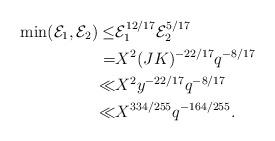
LaTeX: \begin{align*}\min(\mathcal{E}_1,\mathcal{E}_2)\leq& \mathcal{E}_1^{12/17}\mathcal{E}_2^{5/17}\\=&X^2(JK)^{-22/17}q^{-8/17}\\\ll& X^2y^{-22/17}q^{-8/17}\\\ll& X^{334/255}q^{-164/255}.\end{align*}